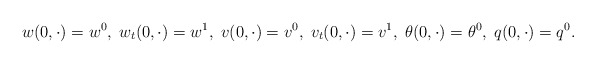
\begin{align*}w(0, \cdot) = w^{0}, \; w_{t}(0, \cdot) = w^{1}, \;v(0, \cdot) = v^{0}, \; v_{t}(0, \cdot) = v^{1}, \;\theta(0, \cdot) = \theta^{0}, \; q(0, \cdot) = q^{0}.\end{align*}